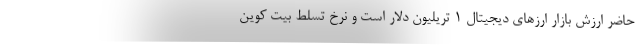
حاضر ارزش بازار ارزهای دیجیتال ۱ تریلیون دلار است و نرخ تسلط بیت کوین